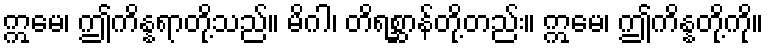
ဣမေ၊ ဤကိန္နရာတို့သည်။ မိဂါ၊ တိရစ္ဆာန်တို့တည်း။ ဣမေ၊ ဤကိန္နတို့ကို။